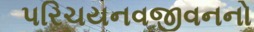
પરિચયનવજીવનનો